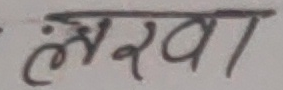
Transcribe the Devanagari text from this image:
लरवा